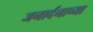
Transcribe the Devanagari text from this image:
जनार्दनाच्या